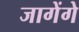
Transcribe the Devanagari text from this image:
जागेंगे